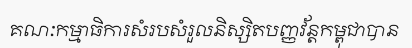
គណៈកម្មាធិការសំរបសំរួលនិស្សិតបញ្ញវ័ន្តកម្ពុជាបាន